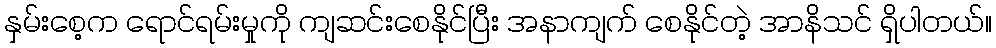
နှမ်းစေ့က ရောင်ရမ်းမှုကို ကျဆင်းစေနိုင်ပြီး အနာကျက် စေနိုင်တဲ့ အာနိသင် ရှိပါတယ်။